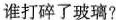
谁打碎了玻璃?